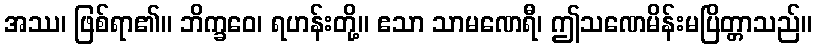
အဿ၊ ဖြစ်ရာ၏။ ဘိက္ခဝေ၊ ရဟန်းတို့။ ဧသာ သာမဏေရီ၊ ဤသဏေမိန်းမပြိတ္တာသည်။